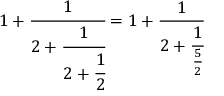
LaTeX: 1 + { \cfrac { 1 } { 2 + { \cfrac { 1 } { 2 + { \cfrac { 1 } { 2 } } } } } } = 1 + { \cfrac { 1 } { 2 + { \cfrac { 1 } { \frac { 5 } { 2 } } } } }